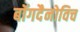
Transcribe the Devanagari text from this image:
बॉगदैनोविच